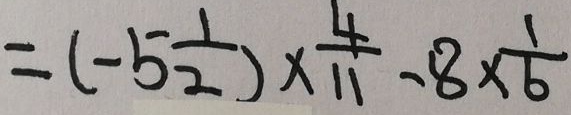
= ( - 5 \frac { 1 } { 2 } ) \times \frac { 4 } { 1 1 } - 8 \times \frac { 1 } { 6 }